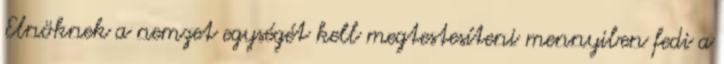
Elnöknek a nemzet egységét kell megtestesíteni mennyiben fedi a